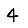
Digit: 4